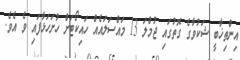
އިންތިޚާބީ ޝަކުވާގެ ގޮތުގައި ޖުމްލަ 13 މައްސަލައެއް ހައިކޯޓަށް ހުށަހަޅާފައި ވެ އެވެ.